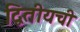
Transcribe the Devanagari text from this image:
द्वितीयची